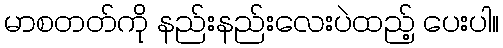
မာစတတ်ကို နည်းနည်းလေးပဲထည့် ပေးပါ။